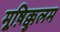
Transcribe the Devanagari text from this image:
मूष़िक्कुलम